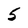
Character: 5